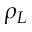
\rho _ { L }